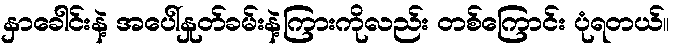
နှာခေါင်းနဲ့ အပေါ်နှုတ်ခမ်းနဲ့ကြားကိုလည်း တစ်ကြောင်း ပုံရတယ်။